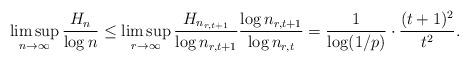
LaTeX: \begin{align*} \limsup_{n\to\infty} \frac{H_n}{\log n} \leq \limsup_{r\to\infty} \frac{H_{n_{r,t+1}}}{\log n_{r,t+1}} \frac{\log n_{r,t+1}}{\log n_{r,t}} = \frac{1}{\log(1/p)} \cdot \frac{(t+1)^2}{t^2}. \end{align*}